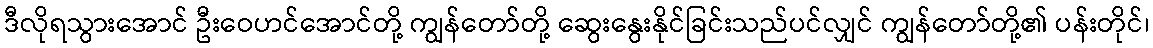
ဒီလိုရသွားအောင် ဦးဝေဟင်အောင်တို့ ကျွန်တော်တို့ ဆွေးနွေးနိုင်ခြင်းသည်ပင်လျှင် ကျွန်တော်တို့၏ ပန်းတိုင်၊